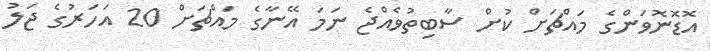
އޮޑޮނޮވަންގެ މައްޗަށް ކުށް ސާބިތުވެއްޖެ ނަމަ އޭނާގެ މައްޗަށް 20 އަހަރުގެ ޖަލު